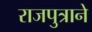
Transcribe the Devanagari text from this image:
राजपुत्राने